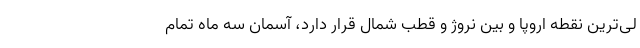
لی‌ترین نقطه اروپا و بین نروژ و قطب شمال قرار دارد، آسمان سه ماه تمام